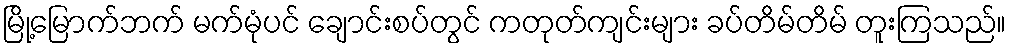
မြို့မြောက်ဘက် မက်မုံပင် ချောင်းစပ်တွင် ကတုတ်ကျင်းများ ခပ်တိမ်တိမ် တူးကြသည်။